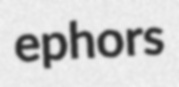
ephors